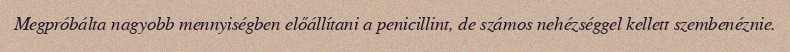
Megpróbálta nagyobb mennyiségben előállítani a penicillint, de számos nehézséggel kellett szembenéznie.